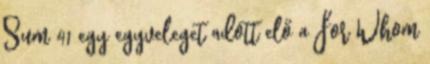
Sum 41 egy egyveleget adott elő a For Whom